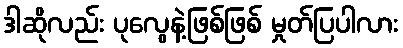
ဒါဆိုလည်း ပုလွေနဲ့ဖြစ်ဖြစ် မှုတ်ပြပါလား